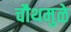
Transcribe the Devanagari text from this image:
चौथमुळे